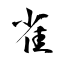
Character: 雀